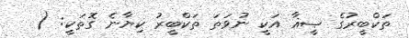
ތަކްބީރުގެ ޞީޣާ އަކީ ނުވަތަ ތަކްބީރު ކިޔާނެ ގޮތަކީ: (